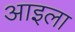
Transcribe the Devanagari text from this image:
आइला